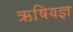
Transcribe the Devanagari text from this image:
ऋषियज्ञ